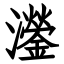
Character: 灐